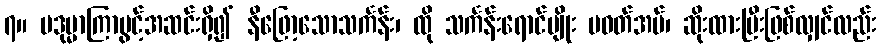
၇။ ပဒုမ္မာကြာပွင့်အဆင်းရှိ၍ နီဖြော့သောသင်္ကန်း၊ ထို သင်္ကန်းရောင်မျိုး မဝတ်အပ်၊ ဆိုးထားပြီးဖြစ်လျှင်လည်း